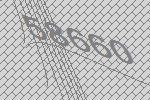
58660